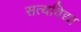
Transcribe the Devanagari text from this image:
सत्यविद्या